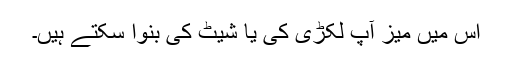
اس میں میز آپ لکڑی کی یا شیٹ کی بنوا سکتے ہیں۔